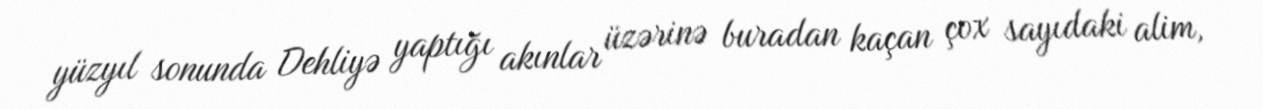
yüzyıl sonunda Dehliyə yaptığı akınlar üzərinə buradan kaçan çox sayıdaki alim,